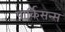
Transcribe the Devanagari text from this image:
पार्किसन्स